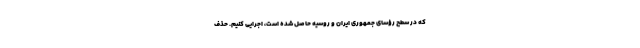
که در سطح رؤسای جمهوری ایران و روسیه حاصل شده است، اجرایی کنیم. حذف